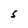
Character: S